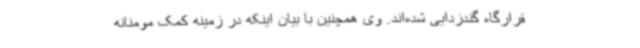
قرارگاه گندزدایی شده‌اند. وی همچنین با بیان اینکه در زمینه کمک مومنانه